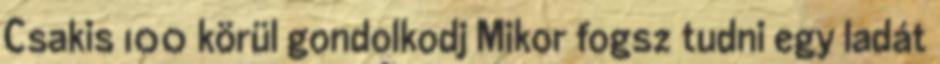
Csakis 100 körül gondolkodj Mikor fogsz tudni egy ladát